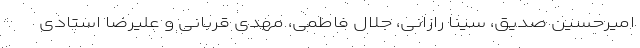
امیرحسین صدیق، سینا رازانی، جلال فاطمی، مهدی قربانی و علیرضا استادی